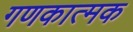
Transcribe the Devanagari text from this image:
गणकात्मक